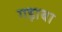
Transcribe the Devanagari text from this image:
गड़ाबा